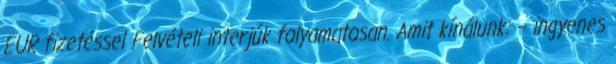
EUR fizetéssel Felvételi interjúk folyamatosan. Amit kínálunk: – ingyenes